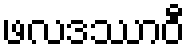
ဖလဒဿာဝီ